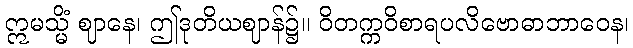
ဣမသ္မိံ ဈာနေ၊ ဤဒုတိယဈာန်၌။ ဝိတက္ကဝိစာရပလိဗောဓာဘာဝေန၊